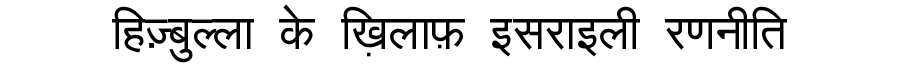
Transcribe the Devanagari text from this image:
हिज़्बुल्ला के ख़िलाफ़ इसराइली रणनीति